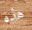
هذه